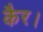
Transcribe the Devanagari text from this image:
कैर।